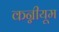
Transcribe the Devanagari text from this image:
कन्नीयूम